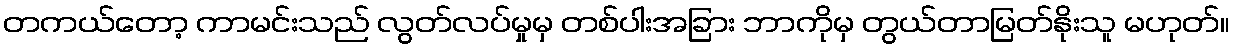
တကယ်တော့ ကာမင်းသည် လွတ်လပ်မှုမှ တစ်ပါးအခြား ဘာကိုမှ တွယ်တာမြတ်နိုးသူ မဟုတ်။